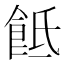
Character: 䬫